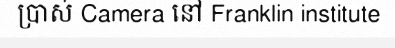
ប្រាស់ Camera នៅ Franklin institute